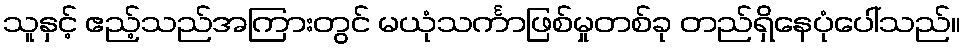
သူနှင့် ဧည့်သည်အကြားတွင် မယုံသင်္ကာဖြစ်မှုတစ်ခု တည်ရှိနေပုံပေါ်သည်။